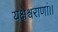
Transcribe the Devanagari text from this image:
यक्षेश्वराणां।।